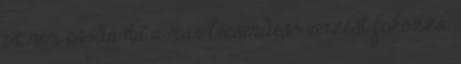
is, nem csoda ha a már lecsendeső vérzést fokozza.